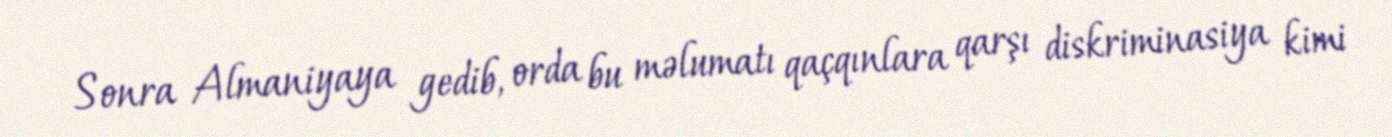
Sonra Almaniyaya gedib, orda bu məlumatı qaçqınlara qarşı diskriminasiya kimi